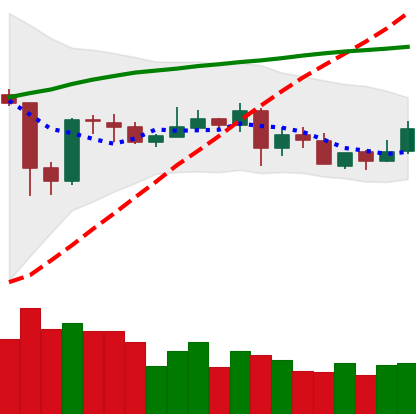
Ticker: XLM-USD
Chart end date: 2020-05-28
Forward return: 15.13%
Label: up_7plus